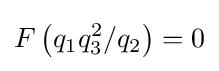
F\left(q_{1}q_{3}^{2}/q_{2}\right)=0